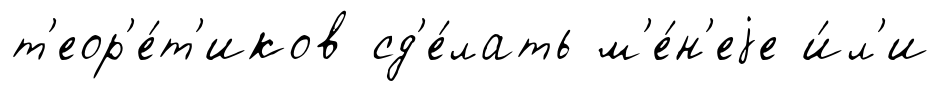
т'еор'е́т'иков сд'е́лать м'е́н'еjе и́л'и